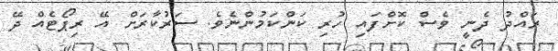
ރައްދު ދެނީ ވެސް ކޮށްފައި ހުރި ކަންކަމުންނެވެ. ސަރުކާރަށް އޭ ރިޕޯޓެއް ދޭ